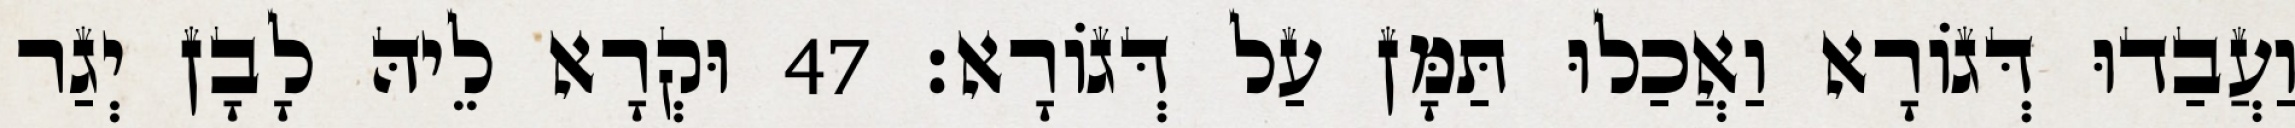
וַעֲבַדוּ דְּגוֹרָא וַאֲכַלוּ תַּמָּן עַל דְּגוֹרָא׃ 47 וּקְרָא לֵיהּ לָבָן יְגַר